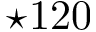
\star 1 2 0